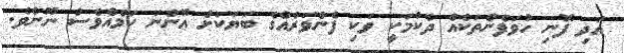
އަދި ފޮނި ހުވަފެންތަކެއް ދެކުމަކީ ވަކި ފެންވަރެއްގެ ބަޔަކަށް އޮންނަ ކަމެއްވެސް ނޫނެވެ.